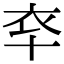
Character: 䘚